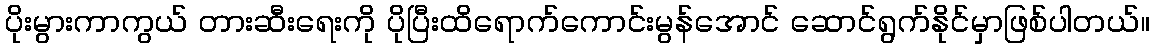
ပိုးမွားကာကွယ် တားဆီးရေးကို ပိုပြီးထိရောက်ကောင်းမွန်အောင် ဆောင်ရွက်နိုင်မှာဖြစ်ပါတယ်။